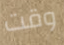
وقت